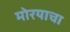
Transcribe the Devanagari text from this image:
मोरयाचा